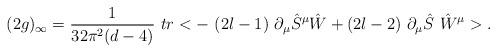
LaTeX: \begin{align*}(2g)_\infty = \frac{1}{32\pi^2(d-4)}\ tr <-\ (2l-1)\ \partial_\mu \hat S^\mu \hat W +(2l-2)\ \partial_\mu \hat S\ \hat W^\mu >.\end{align*}